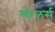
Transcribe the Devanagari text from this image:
स्केलर्स